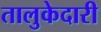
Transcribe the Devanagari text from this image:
तालुकेदारी